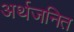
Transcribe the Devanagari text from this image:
अर्थजनित